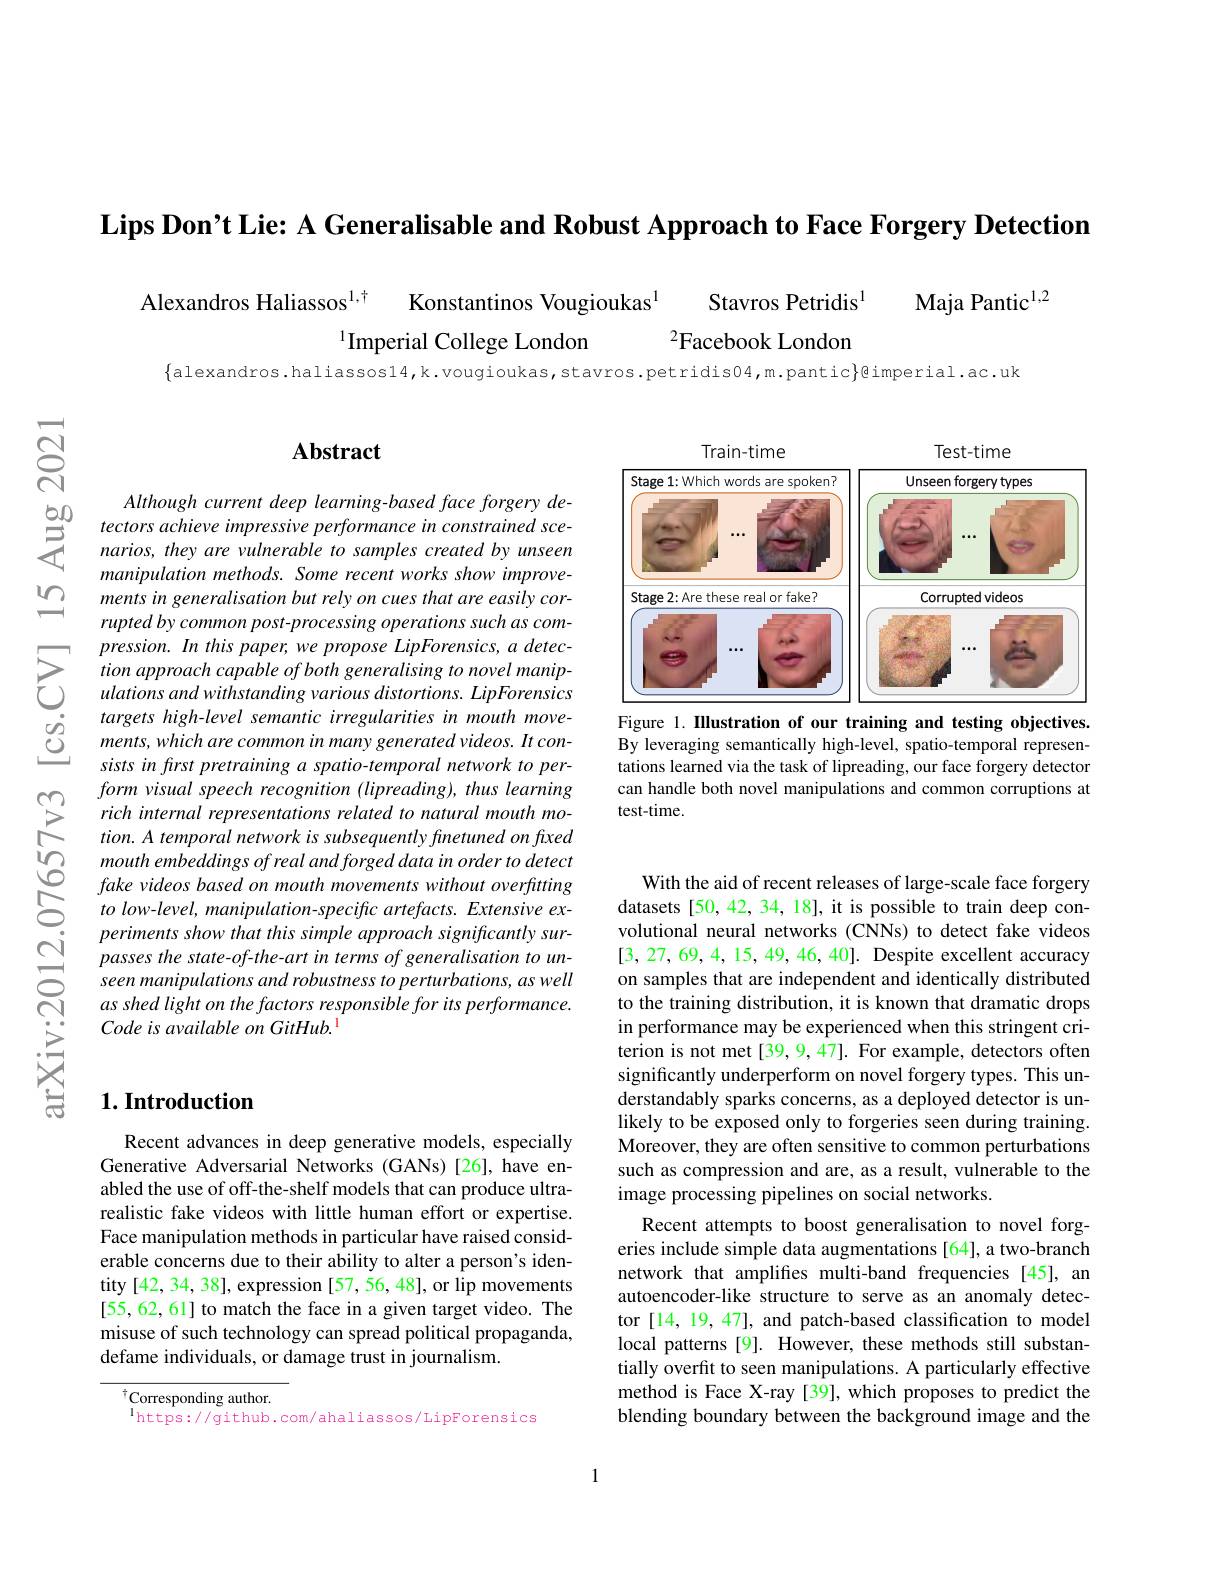
Lips Don't Lie: A Generalisable and Robust Approach to Face Forgery Detection

Alexandros Haliassos$^{1, \dagger }$ Konstantinos Vougioukas$^{1}$
Stavros Petridis$^{1}$
Maja Pantic$^{1,2}$
$^{1}$Imperial College London
$^{2}$Facebook London

$ন্ন$

### $\mathbf{Abstract}$

$\begin{array}{ccc}&Although&current&deep&learning-based&face&forgery&de-1\\5&tectors&achieve&impressive&performance&in&constrained&sce-1\\7&narios,&they&are&vulnerable&to&samples&created&by&unseen\end{array}$
manipulation methods. Some recent works show improvements in generalisation but rely on cues that are easily corrupted by common post-processing operations such as compression. In this paper, we propose LipForensics, a detection approach capable of both generalising to novel manipulations and withstanding various distortions. LipForensics targets high-level semantic irregularities in mouth movements, which are common in many generated videos. It consists in first pretraining a spatio-temporal network to perform visual speech recognition (lipreading), thus learning rich internal representations related to natural mouth motion. A temporal network is subsequently finetuned on fixed mouth embeddings of real and forged data in order to detect fake videos based on mouth movements without overfuting to low-level, manipulation-specific artefacts. Extensive experiments show that this simple approach significantly surpasses the state-of-the-art in terms of generalisation to unseen manipulations and robustness to perturbations, as well as shed light on the factors responsible for its performance. Code is available on GitHub.

## $1. \textbf{Introduction}$

Recent advances in deep generative models, especially Generative Adversarial Networks (GANs)[26], have enabled the use of off-the-shelf models that can produce ultrarealistic fake videos with little human effort or expertise. Face manipulation methods in particular have raised considerable concerns due to their ability to alter a person's identity [42,34,38], expression [57, 56, 48], or lip movements [55,62,61] to match the face in a given target video. The misuse of such technology can spread political propaganda, defame individuals, or damage trust in journalism.

$^{\dagger}$Corresponding author.
$^{\mathrm{l}}$https://github.com/ahaliassos/LipForensics

<FigureHere>
Figure 1. Illustration of our training and testing objectives

By leveraging semantically high-level, spatio-temporal representations learned via the task of lipreading, our face forgery detector can handle both novel manipulations and common corruptions at test-time.

With the aid of recent releases of large-scale face forgery datasets [50,42,34,18], it is possible to train deep convolutional neural networks (CNNs) to detect fake videos [3,27,69,4,15,49,46,40]. Despite excellent accuracy on samples that are independent and identically distributed to the training distribution, it is known that dramatic drops in performance may be experienced when this stringent criterion is not met [39, 9, 47]. For example, detectors often significantly underperform on novel forgery types. This understandably sparks concerns, as a deployed detector is unlikely to be exposed only to forgeries seen during training. Moreover, they are often sensitive to common perturbations such as compression and are, as a result, vulnerable to the image processing pipelines on social networks.
Recent attempts to boost generalisation to novel forgeries include simple data augmentations [64], a two-branch network that amplifies multi-band frequencies [45], an autoencoder-like structure to serve as an anomaly detector [14, 19, 47], and patch-based classification to model local patterns [9]. However, these methods still substantially overfit to seen manipulations. A particularly effective method is Face X-ray [39], which proposes to predict the blending boundary between the background image and the

1